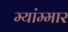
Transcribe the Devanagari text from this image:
म्यांम्मार